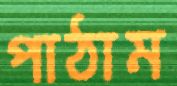
পাঠাম